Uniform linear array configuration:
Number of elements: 24
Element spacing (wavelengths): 0.25
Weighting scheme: kaiser
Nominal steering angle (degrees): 30
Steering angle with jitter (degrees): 29.024
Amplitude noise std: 0.05
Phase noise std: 0.05

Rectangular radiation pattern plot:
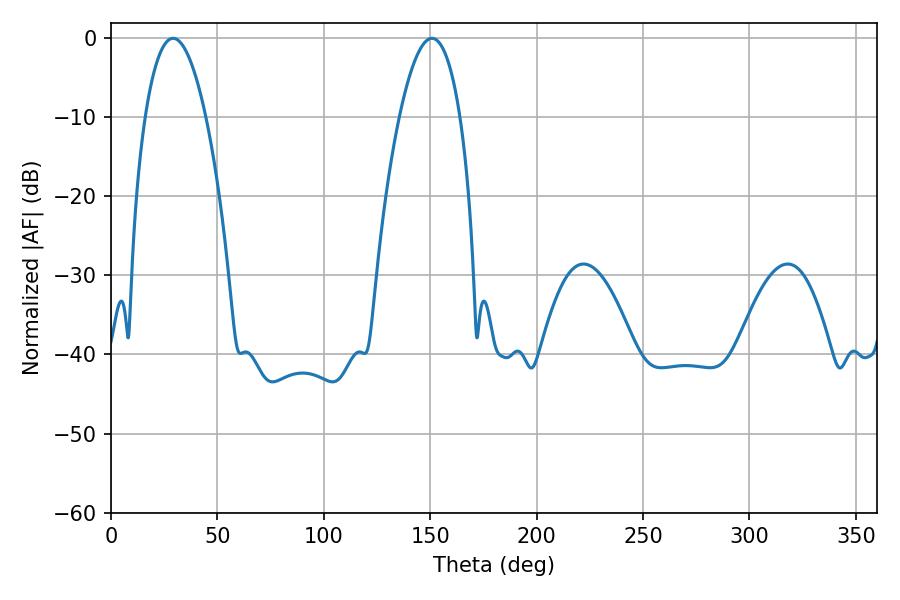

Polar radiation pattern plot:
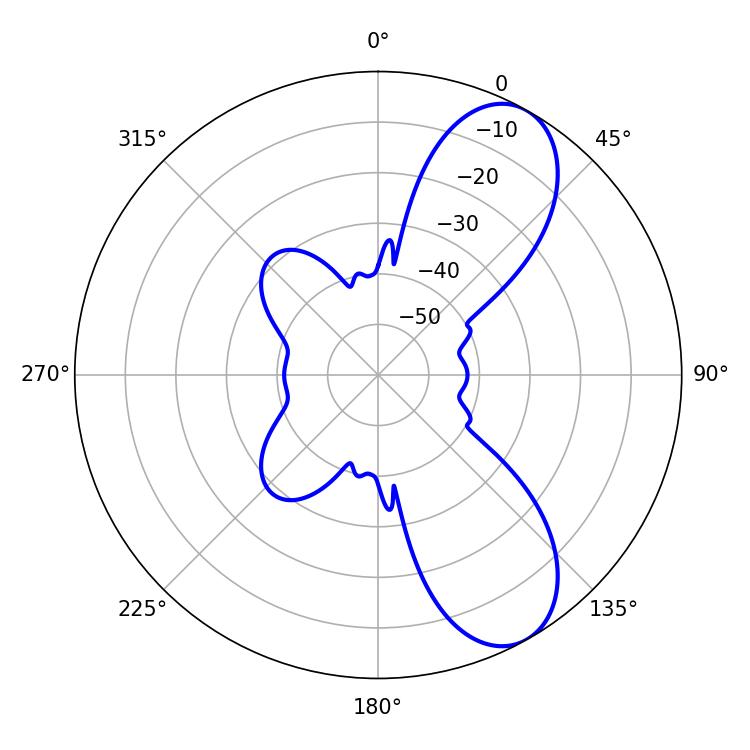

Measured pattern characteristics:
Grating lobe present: FALSE
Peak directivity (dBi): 8.385
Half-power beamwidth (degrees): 15.84
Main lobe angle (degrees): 29.16